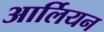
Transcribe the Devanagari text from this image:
आर्लियन